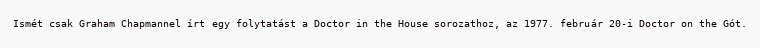
Ismét csak Graham Chapmannel írt egy folytatást a Doctor in the House sorozathoz, az 1977. február 20-i Doctor on the Gót.